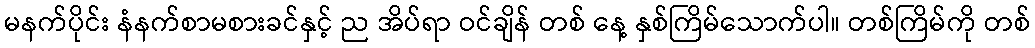
မနက်ပိုင်း နံနက်စာမစားခင်နှင့် ည အိပ်ရာ ဝင်ချိန် တစ် နေ့ နှစ်ကြိမ်သောက်ပါ။ တစ်ကြိမ်ကို တစ်